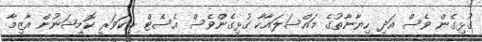
ގުޅިގެން ވެސް އަދި ހިޔާނާތުގެ މައްސަލައާކާ ގުޅިގެންވެސް އެސެޓް ރިކަވަރީ ކޮމިޝަނުން އާޒިމާ